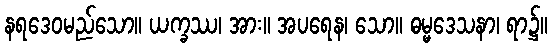
နရဒေဝမည်သော။ ယက္ခဿ၊ အား။ အပရေန၊ သော။ ဓမ္မဒေသနာ၊ ရာ၌။